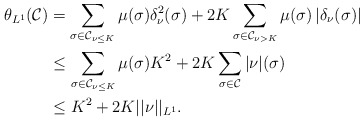
\begin{align*} \theta_{L^1}(\mathcal{C})&=\sum_{\sigma\in\mathcal{C}_{\nu\leq K}}\mu(\sigma)\delta_{\nu}^2(\sigma)+2K\sum_{\sigma\in\mathcal{C}_{\nu>K}}\mu(\sigma)\left|\delta_{\nu} (\sigma)\right|\\&\leq\sum_{\sigma\in\mathcal{C}_{\nu\leq K}}\mu(\sigma)K^2+2K\sum_{\sigma\in\mathcal{C}}|\nu|(\sigma)\\&\leq K^2+2K||\nu||_{L^1}. \end{align*}